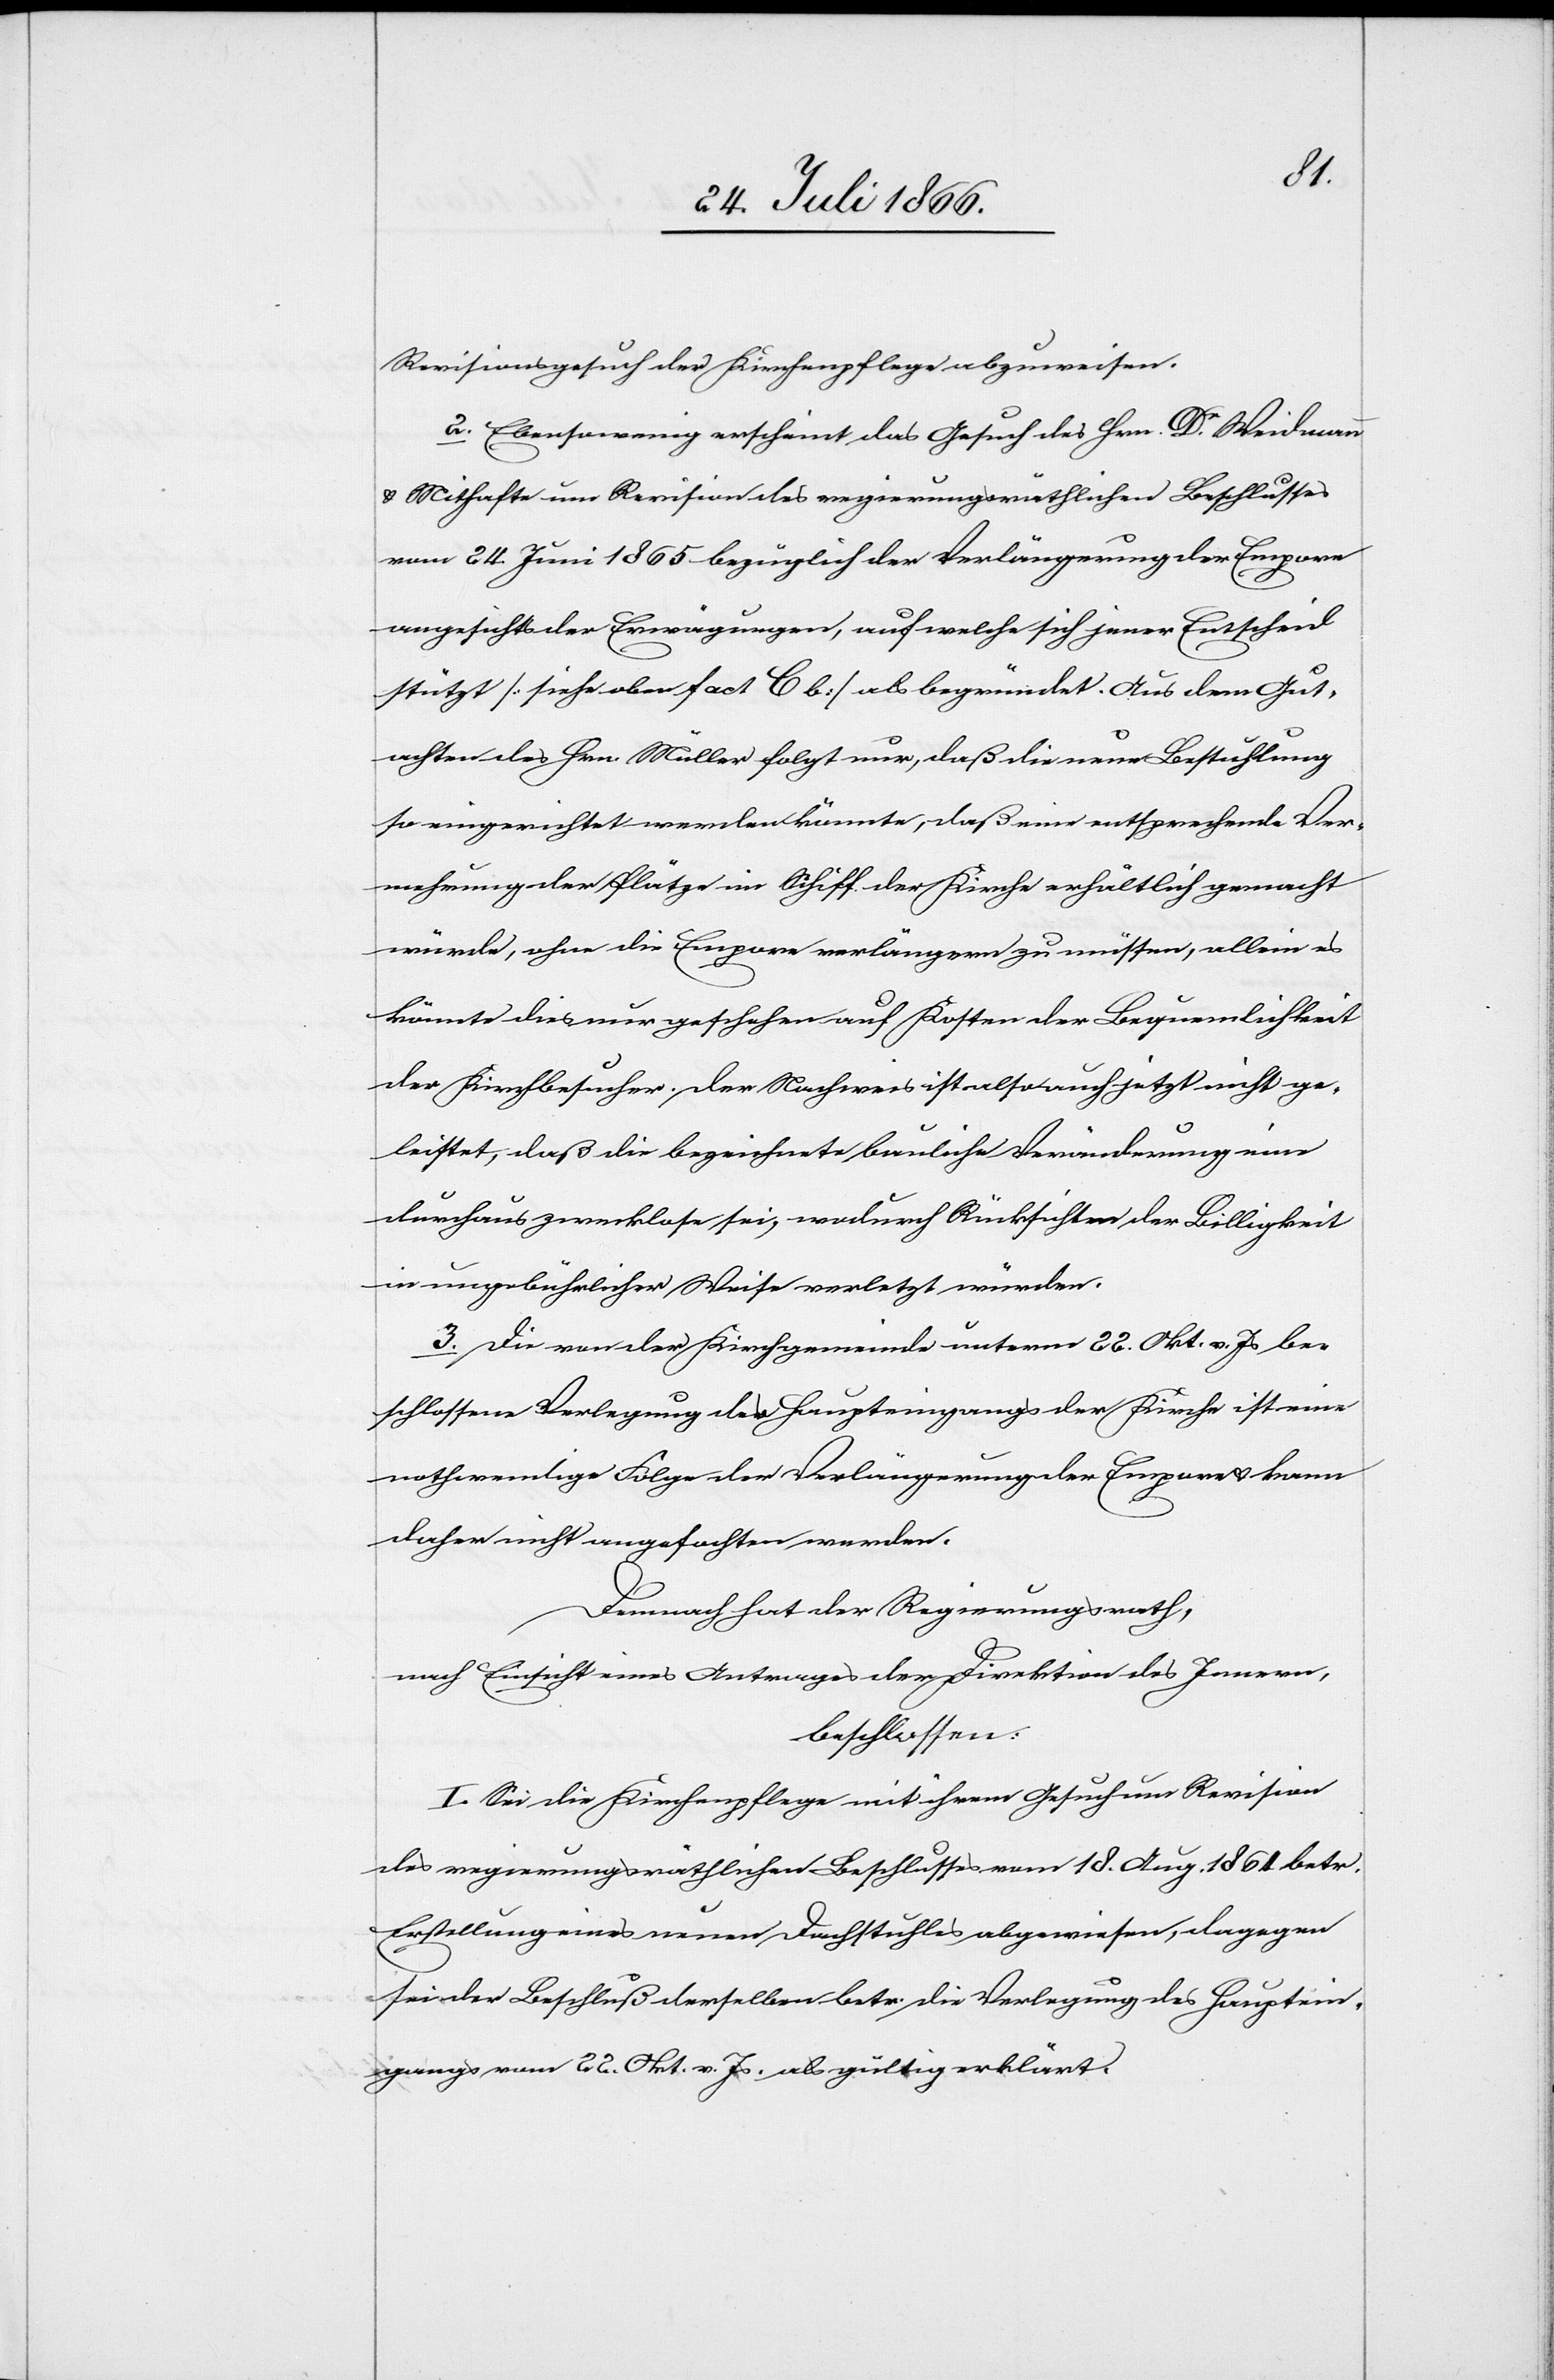
Revisionsgesuch der Kirchenpflege abzuweisen.
2. Ebensowenig erscheint das Gesuch des Hrn. Dr. Weidmann
u. Mithafte um Revision des regierungsräthlichen Beschlusses
vom 24. Juni 1865 bezüglich der Verlängerung der Empore
angesichts der Erwägungen, auf welche sich jener Entscheid
stützt [siehe oben fact C b] als begründet. Aus dem Gut¬
achten des Hrn. Müller folgt nur, daß die neue Bestuhlung
so eingerichtet werden könnte, daß eine entsprechende Ve¬
rmehrung der Plätze im Schiff der Kirche erhältlich gemacht
würde, ohne die Empore verlängern zu müssen, allein es
könnte dies nur geschehen auf Kosten der Bequemlichkeit
der Kirchenbesucher. Der Nachweis ist also auch jetzt nicht ge¬
leistet, daß die bezeichnete bauliche Veränderung eine
durchaus zwecklose sei, wodurch Rücksichten der Billigkeit
in ungebührlicher Weise verletzt würden.
3. Die von der Kirchgemeinde unterm 22. Okt. v. Js. be¬
schlossene Verlegung des Haupteingangs der Kirche ist eine
nothwendige Folge der Verlängerung der Empore u. kann
daher nicht angefochten werden.
Demnach hat der Regierungsrath,
nach Einsicht eines Antrages der Direktion des Innern,
beschlossen:
I. Sei die Kirchenpflege mit ihrem Gesuch um Revision
des regierungsräthlichen Beschlusses vom 18. Aug. 1864 betr.
Erstellung eines neuen Dachstuhles abgewiesen, dagegen
sei der Beschluß derselben betr. die Verlegung des Hauptein¬
gangs vom 22. Okt. v. Js. als gültig erklärt.